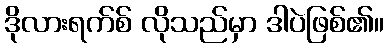
ဒိုလားရက်စ် လိုသည်မှာ ဒါပဲဖြစ်၏။